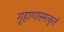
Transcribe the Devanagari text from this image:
गृहाणास्मत्कृतं